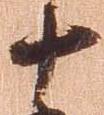
十